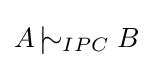
A\,|\!\!\!\sim _{IPC}B